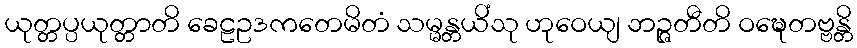
ယုတ္တပ္ပယုတ္တာတိ ခေဠဥဒကတေမိတံ သမ္မန္တယိံသု ဟုဝေယျ ဘဉ္ဇတီတိ ဝဍ္ဎေတဗ္ဗန္တိ